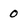
Character: 0